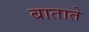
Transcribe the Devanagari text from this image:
बाताते